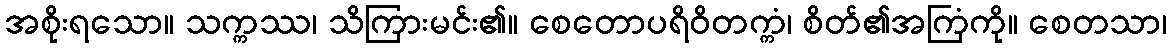
အစိုးရသော။ သက္ကဿ၊ သိကြားမင်း၏။ စေတောပရိဝိတက္ကံ၊ စိတ်၏အကြံကို။ စေတသာ၊